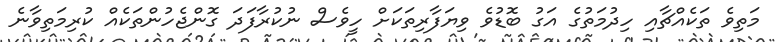
މަތިވެ ތަކެއްޗާއި ހިދުމަތުގެ އަގު ބޮޑުވެ ވިޔަފާރިތަކަށް ހީވެސް ނުކުރާފަދަ ގޮންޖެހުންތަކެއް ކުރިމަތިވާނެ